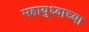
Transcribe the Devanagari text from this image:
महायुध्दाच्या